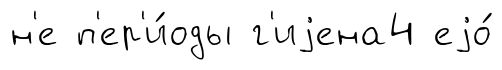
н'е п'ер'и́оды г'иjена4 еjо́